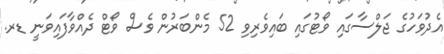
އެދުވަހުގެ ޖަލްސާގައި ވޯޓުގައި ބައިވެރިވި 52 މެންބަރުން ވެސް ވޯޓް ދެއްވާފައިވަނީ ޑރ.